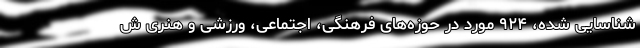
شناسایی شده، ۹۲۴ مورد در حوزه‌های فرهنگی، اجتماعی، ورزشی و هنری ش